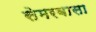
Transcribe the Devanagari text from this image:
सेमरबासा